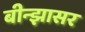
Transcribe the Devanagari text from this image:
बीन्झासर